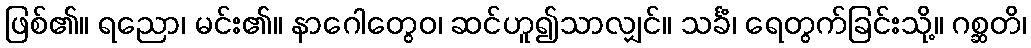
ဖြစ်၏။ ရညော၊ မင်း၏။ နာဂေါတွေဝ၊ ဆင်ဟူ၍သာလျှင်။ သင်္ခံ၊ ရေတွက်ခြင်းသို့။ ဂစ္ဆတိ၊